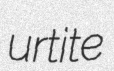
urtite